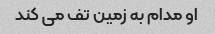
او مدام به زمین تف می کند